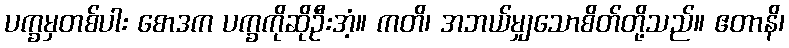
ပက္ခမှတစ်ပါး စောဒက ပက္ခကိုဆိုဦးအံ့။ ကတိ၊ အဘယ်မျှသောစိတ်တို့သည်။ ဧတာနိ၊